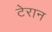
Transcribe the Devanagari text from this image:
टेरान